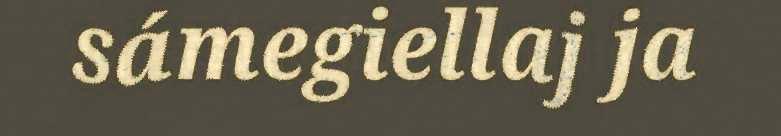
sámegiellaj ja